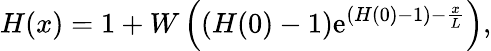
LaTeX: H(x)=1+W\left((H(0)-1)\mathrm{e}^{(H(0)-1)-{\frac{{x}}{{L}}}}\right),